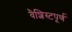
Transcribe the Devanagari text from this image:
वैशिस्टपूर्ण